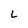
Character: L